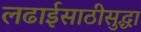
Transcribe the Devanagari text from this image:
लढाईसाठीसुद्धा